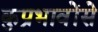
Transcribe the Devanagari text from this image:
कुप्रभावोंसे